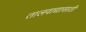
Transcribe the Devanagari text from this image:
तालवाद्यासाठी